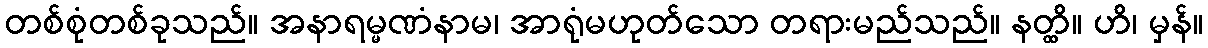
တစ်စုံတစ်ခုသည်။ အနာရမ္မဏံနာမ၊ အာရုံမဟုတ်သော တရားမည်သည်။ နတ္ထိ။ ဟိ၊ မှန်။